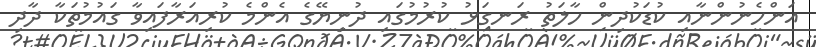
އަންހެނުންނާއި ކުޑަކުދިން ހާލަތު ރަނގަޅު ކުރުމުގައި ދުނިޔޭގެ އެންމެ ކުރިއަރާފައިވާ ގައުމުތަކާ ދާދި